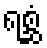
ရစ္ဆံ